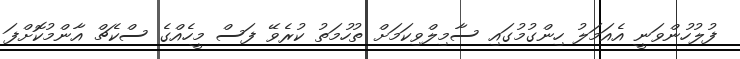
ފުލުހުންވަނީ އެއަމަލު ހިންގުމުގައި ސާމިލްވިކަމަށް ތުހުމަތު ކުރެވޭ ފަސް މީހެއްގެ ސްކެޗް އާންމުކޮށްފަ